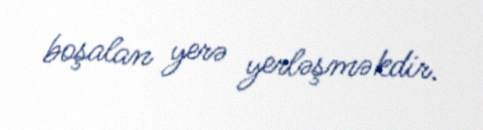
boşalan yerə yerləşməkdir.